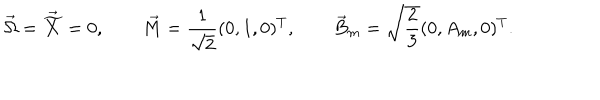
\vec { \Omega } = \vec { \widetilde { X } } = 0 , \qquad \vec { M } = \frac { 1 } { \sqrt { 2 } } ( 0 , 1 , 0 ) ^ { T } , \qquad \vec { B } _ { m } = \sqrt { \frac { 2 } { 3 } } ( 0 , A _ { m } , 0 ) ^ { T } .